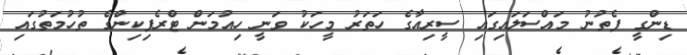
ޑިންގީ ފެތުނު މައްސަލައިގައި ސީރިއާގެ ހަތަރު މީހަކު ވަނީ ހިއުމަން ޓްރެފިކިންގެ ތުހުމަތުގައި